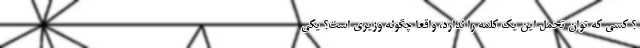
؟ کسی که توان تحمل این یک کلمه را ندارد، واقعاً چگونه وزیری است؟ یکی